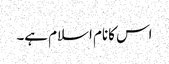
اس کانام اسلام ہے۔